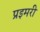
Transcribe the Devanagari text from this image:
प्रइमरी